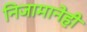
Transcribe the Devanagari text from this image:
निजामानेही